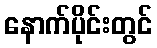
နောက်ပိုင်းတွင်